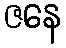
ဇနေ